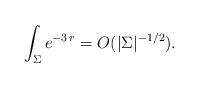
LaTeX: \begin{align*} \int_\Sigma e^{- 3 \, r} = O (|\Sigma|^{-1/2}).\end{align*}